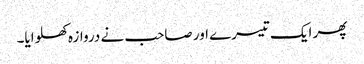
پھر ایک تیسرے اور صاحب نے دروازہ کھلوایا۔